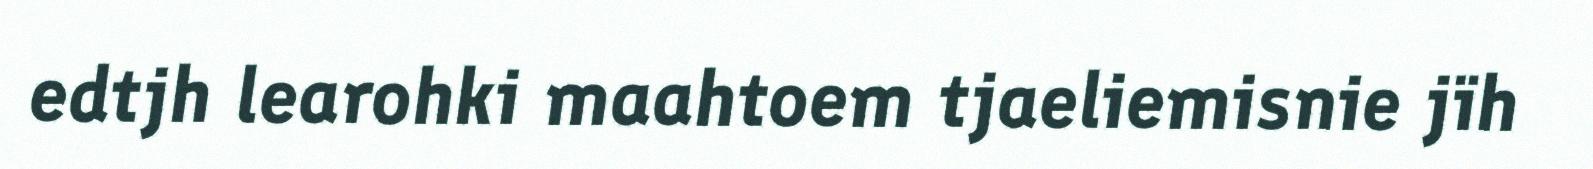
edtjh learohki maahtoem tjaeliemisnie jïh